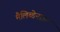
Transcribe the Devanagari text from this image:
मैलिब्डेनाइट